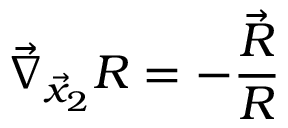
\vec { \nabla } _ { \vec { x } _ { 2 } } R = - \frac { \vec { R } } { R }